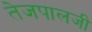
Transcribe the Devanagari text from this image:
तेजपालजी